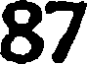
87